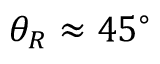
\theta _ { R } \approx 4 5 ^ { \circ }